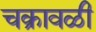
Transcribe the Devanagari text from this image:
चक्रावळी